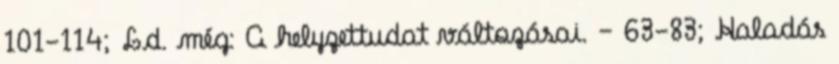
101-114; Ld. még: A helyzettudat változásai. – 63-83; Haladás